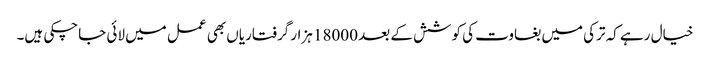
خیال رہے کہ ترکی میں بغاوت کی کوشش کے بعد 18000 ہزار گرفتاریاں بھی عمل میں لائی جاچکی ہیں۔